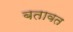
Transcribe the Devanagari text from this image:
बतावत